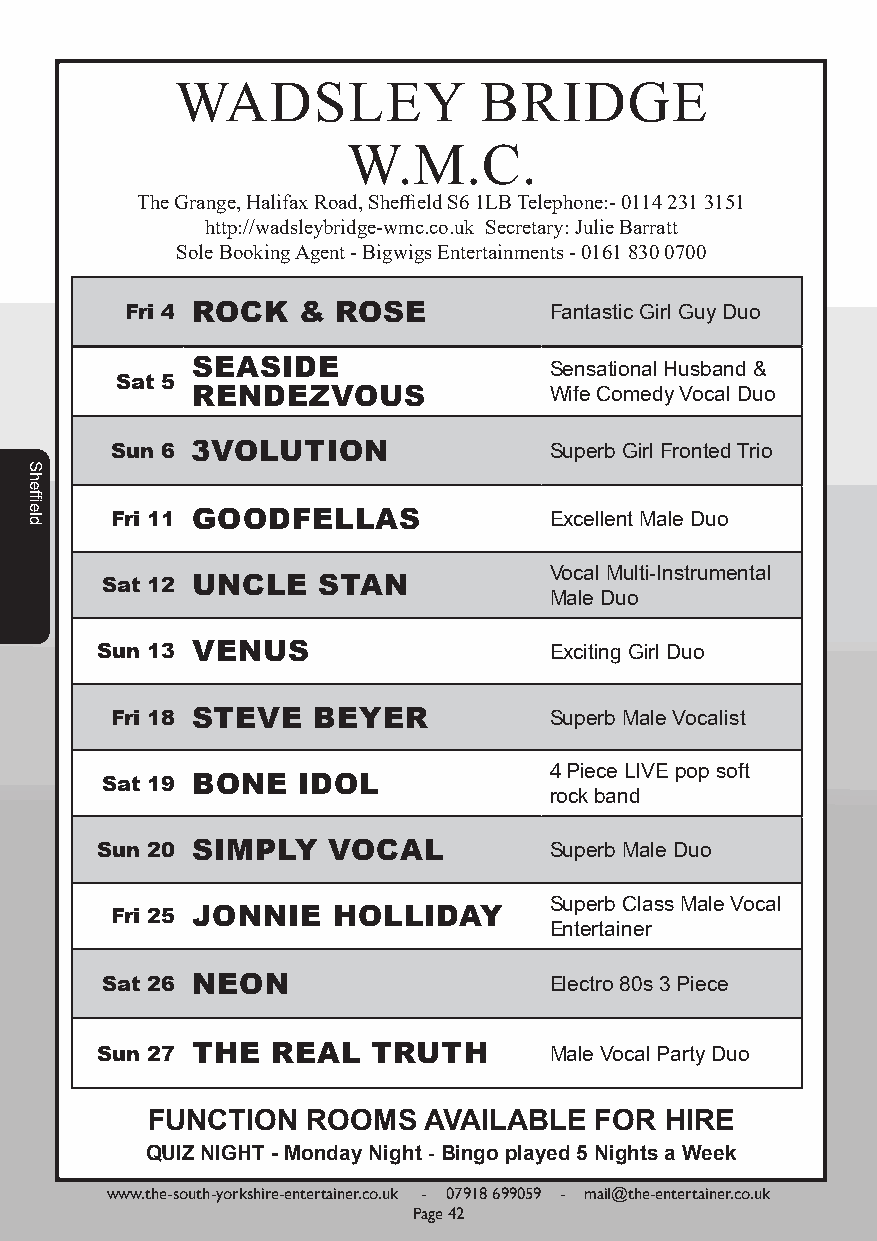
WADSLEY             BRIDGE
 W.M.C.
 The Grange, Halifax Road, Sheffield S6 1LB Telephone:- 0114 231 3151
 http://wadsleybridge-wmc.co.uk Secretary: Julie Barratt
 Sole Booking Agent - Bigwigs Entertainments - 0161 830 0700
 Fri 4 ROCK  & ROSE          Fantastic Girl Guy Duo
 SEASIDE                Sensational Husband &
 Sat 5
 RENDEZVOUS             Wife Comedy Vocal Duo
 Sun 6 3VOLUTION              Superb Girl Fronted Trio
 Fri 11 GOODFELLAS            Excellent Male Duo
 Vocal Multi-Instrumental
 Sat 12 UNCLE  STAN
 Male Duo
 Sun 13 VENUS                  Exciting Girl Duo
 Fri 18 STEVE  BEYER          Superb Male Vocalist
 4 Piece LIVE pop soft
 Sat 19 BONE  IDOL
 rock band
 Sun 20 SIMPLY   VOCAL         Superb Male Duo
 Superb Class Male Vocal
 Fri 25 JONNIE  HOLLIDAY
 Entertainer
 Sat 26 NEON                  Electro 80s 3 Piece
 Sun 27 THE  REAL   TRUTH      Male Vocal Party Duo
 FUNCTION  ROOMS   AVAILABLE  FOR  HIRE
 QUIZ NIGHT - Monday Night - Bingo played 5 Nights a Week
 www.the-south-yorkshire-entertainer.co.uk - 07918 699059 - mail@the-entertainer.co.uk
 Page 42
 Sheffield